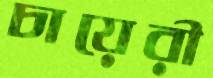
চায়েরী